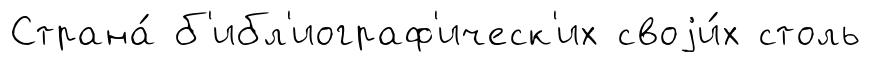
Страна́ б'ибл'иограф'ическ'их своjи́х столь